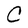
Character: C